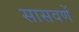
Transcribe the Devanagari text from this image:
सासवणें